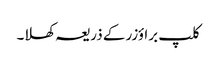
کلپ براؤزر کے ذریعہ کھلا۔